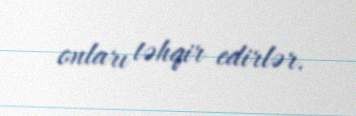
onları təhqir edirlər.